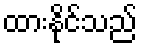
ထားနိုင်သည်